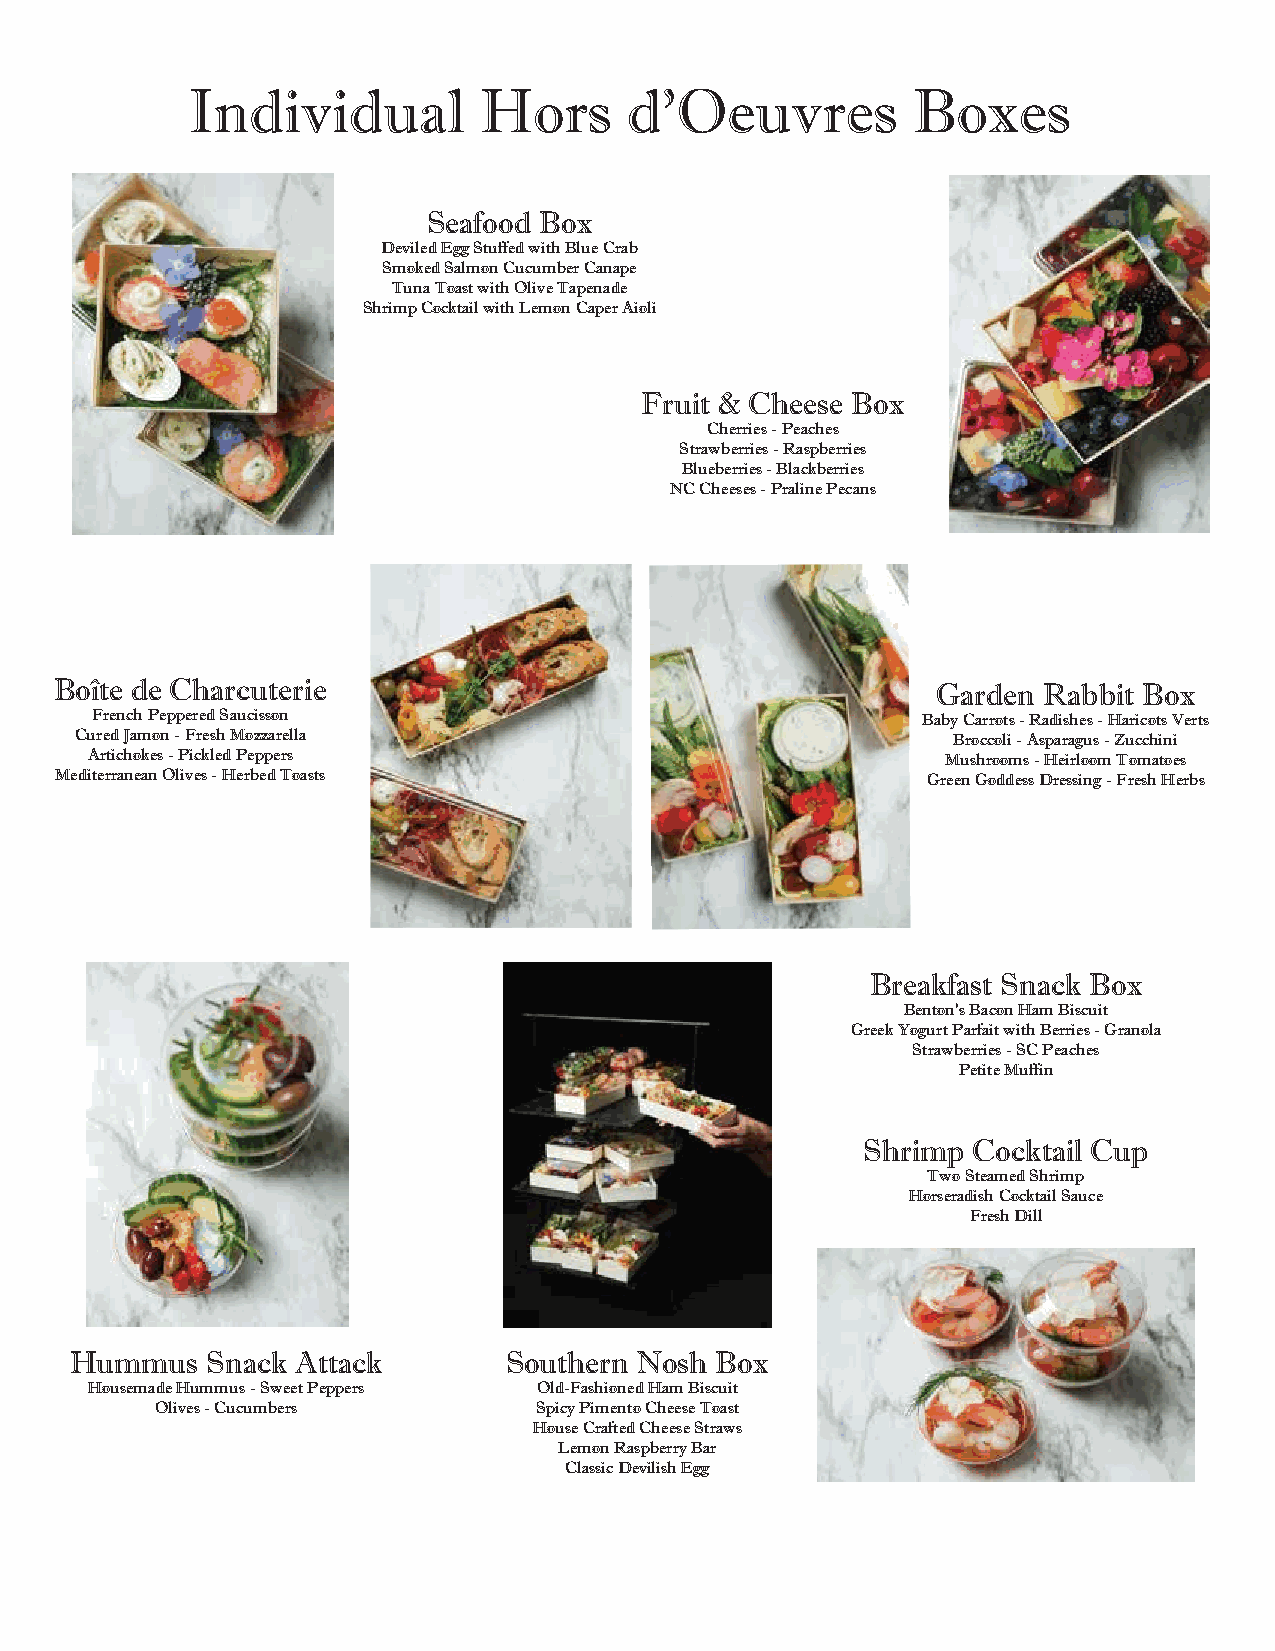
Individual          Hors      d’Oeuvres         Boxes
 Seafood Box
 Deviled Egg Stuffed with Blue Crab
 Smoked Salmon Cucumber Canape
 Tuna Toast with Olive Tapenade
 Shrimp Cocktail with Lemon Caper Aioli
 Fruit & Cheese Box
 Cherries - Peaches
 Strawberries - Raspberries
 Blueberries - Blackberries
 NC Cheeses - Praline Pecans
 Boîte de Charcuterie                                      Garden Rabbit Box
 French Peppered Saucisson                              Baby Carrots - Radishes - Haricots Verts
 Cured Jamon - Fresh Mozzarella                            Broccoli - Asparagus - Zucchini
 Artichokes - Pickled Peppers                             Mushrooms - Heirloom Tomatoes
 Mediterranean Olives - Herbed Toasts                     Green Goddess Dressing - Fresh Herbs
 Breakfast Snack Box
 Benton’s Bacon Ham Biscuit
 Greek Yogurt Parfait with Berries - Granola
 Strawberries - SC Peaches
 Petite Muffin
 Shrimp Cocktail Cup
 Two Steamed Shrimp
 Horseradish Cocktail Sauce
 Fresh Dill
 Hummus   Snack Attack       Southern Nosh Box
 Housemade Hummus - Sweet Peppers Old-Fashioned Ham Biscuit
 Olives - Cucumbers       Spicy Pimento Cheese Toast
 House Crafted Cheese Straws
 Lemon Raspberry Bar
 Classic Devilish Egg